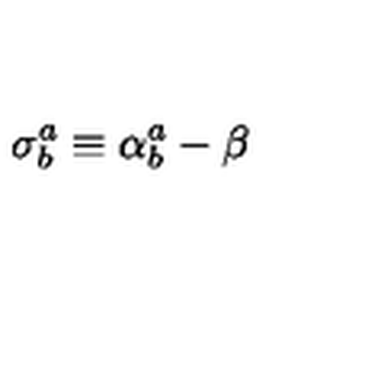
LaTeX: \mathbf { \sigma } _ { b } ^ { a } \equiv \mathbf { \alpha } _ { b } ^ { a } - \mathbf { \beta }